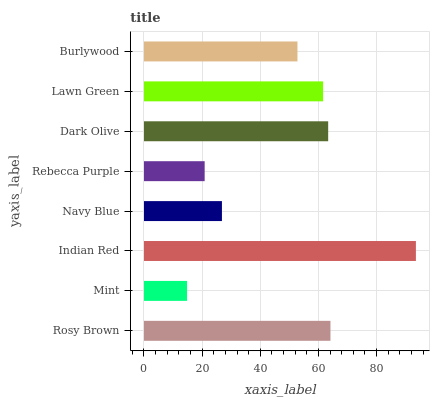
| yaxis_label | bars |
 | --- | --- |
 | Rosy Brown | 64.1 |
 | Mint | 14.8 |
 | Indian Red | 93.5 |
 | Navy Blue | 26.8 |
 | Rebecca Purple | 20.9 |
 | Dark Olive | 63.3 |
 | Lawn Green | 61.6 |
 | Burlywood | 52.8 |